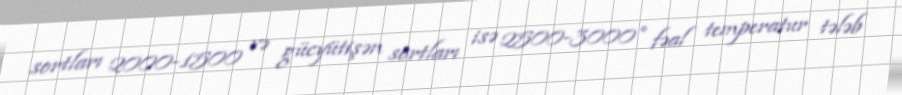
sortları 2000-1500 və gücyütişən sortları isə 2500-3000° fəal temperatur tələb